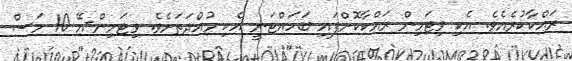
ރައްކާކުރެއެވެ. އެކި ވިޓަމިން ރައްކާކޮށްފައި ބަހައްޓަނީ އެކި މުއްދަތަށެވެ. ވިޓަމިން-އޭ 10 މަސް